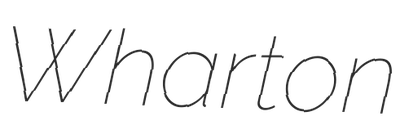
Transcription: Wharton